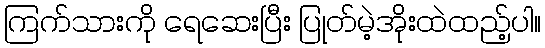
ကြက်သားကို ရေဆေးပြီး ပြုတ်မဲ့အိုးထဲထည့်ပါ။